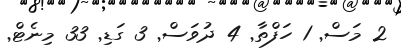
2 މަސް